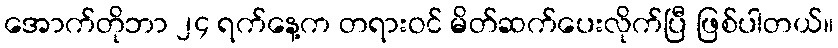
အောက်တိုဘာ ၂၄ ရက်နေ့က တရားဝင် မိတ်ဆက်ပေးလိုက်ပြီ ဖြစ်ပါတယ်။